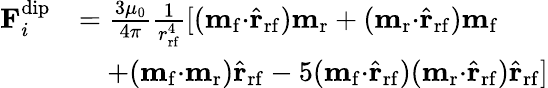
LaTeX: \begin{array}{rl}{\mathbf{F}_{i}^{\mathrm{dip}}}&{=\frac{3\mu_{0}}{4\pi}\frac{1}{r_{\mathrm{rf}}^{4}}[(\mathbf{m}_{\mathrm{f}}\mathbf{\cdot}\hat{\mathbf{r}}_{\mathrm{rf}})\mathbf{m}_{\mathrm{r}}+(\mathbf{m}_{\mathrm{r}}\mathbf{\cdot}\hat{\mathbf{r}}_{\mathrm{rf}})\mathbf{m}_{\mathrm{f}}}\\ &{\quad+(\mathbf{m}_{\mathrm{f}}\mathbf{\cdot}\mathbf{m}_{\mathrm{r}})\hat{\mathbf{r}}_{\mathrm{rf}}-5(\mathbf{m}_{\mathrm{f}}\mathbf{\cdot}\hat{\mathbf{r}}_{\mathrm{rf}})(\mathbf{m}_{\mathrm{r}}\mathbf{\cdot}\hat{\mathbf{r}}_{\mathrm{rf}})\hat{\mathbf{r}}_{\mathrm{rf}}]}\end{array}